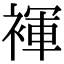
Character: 褌